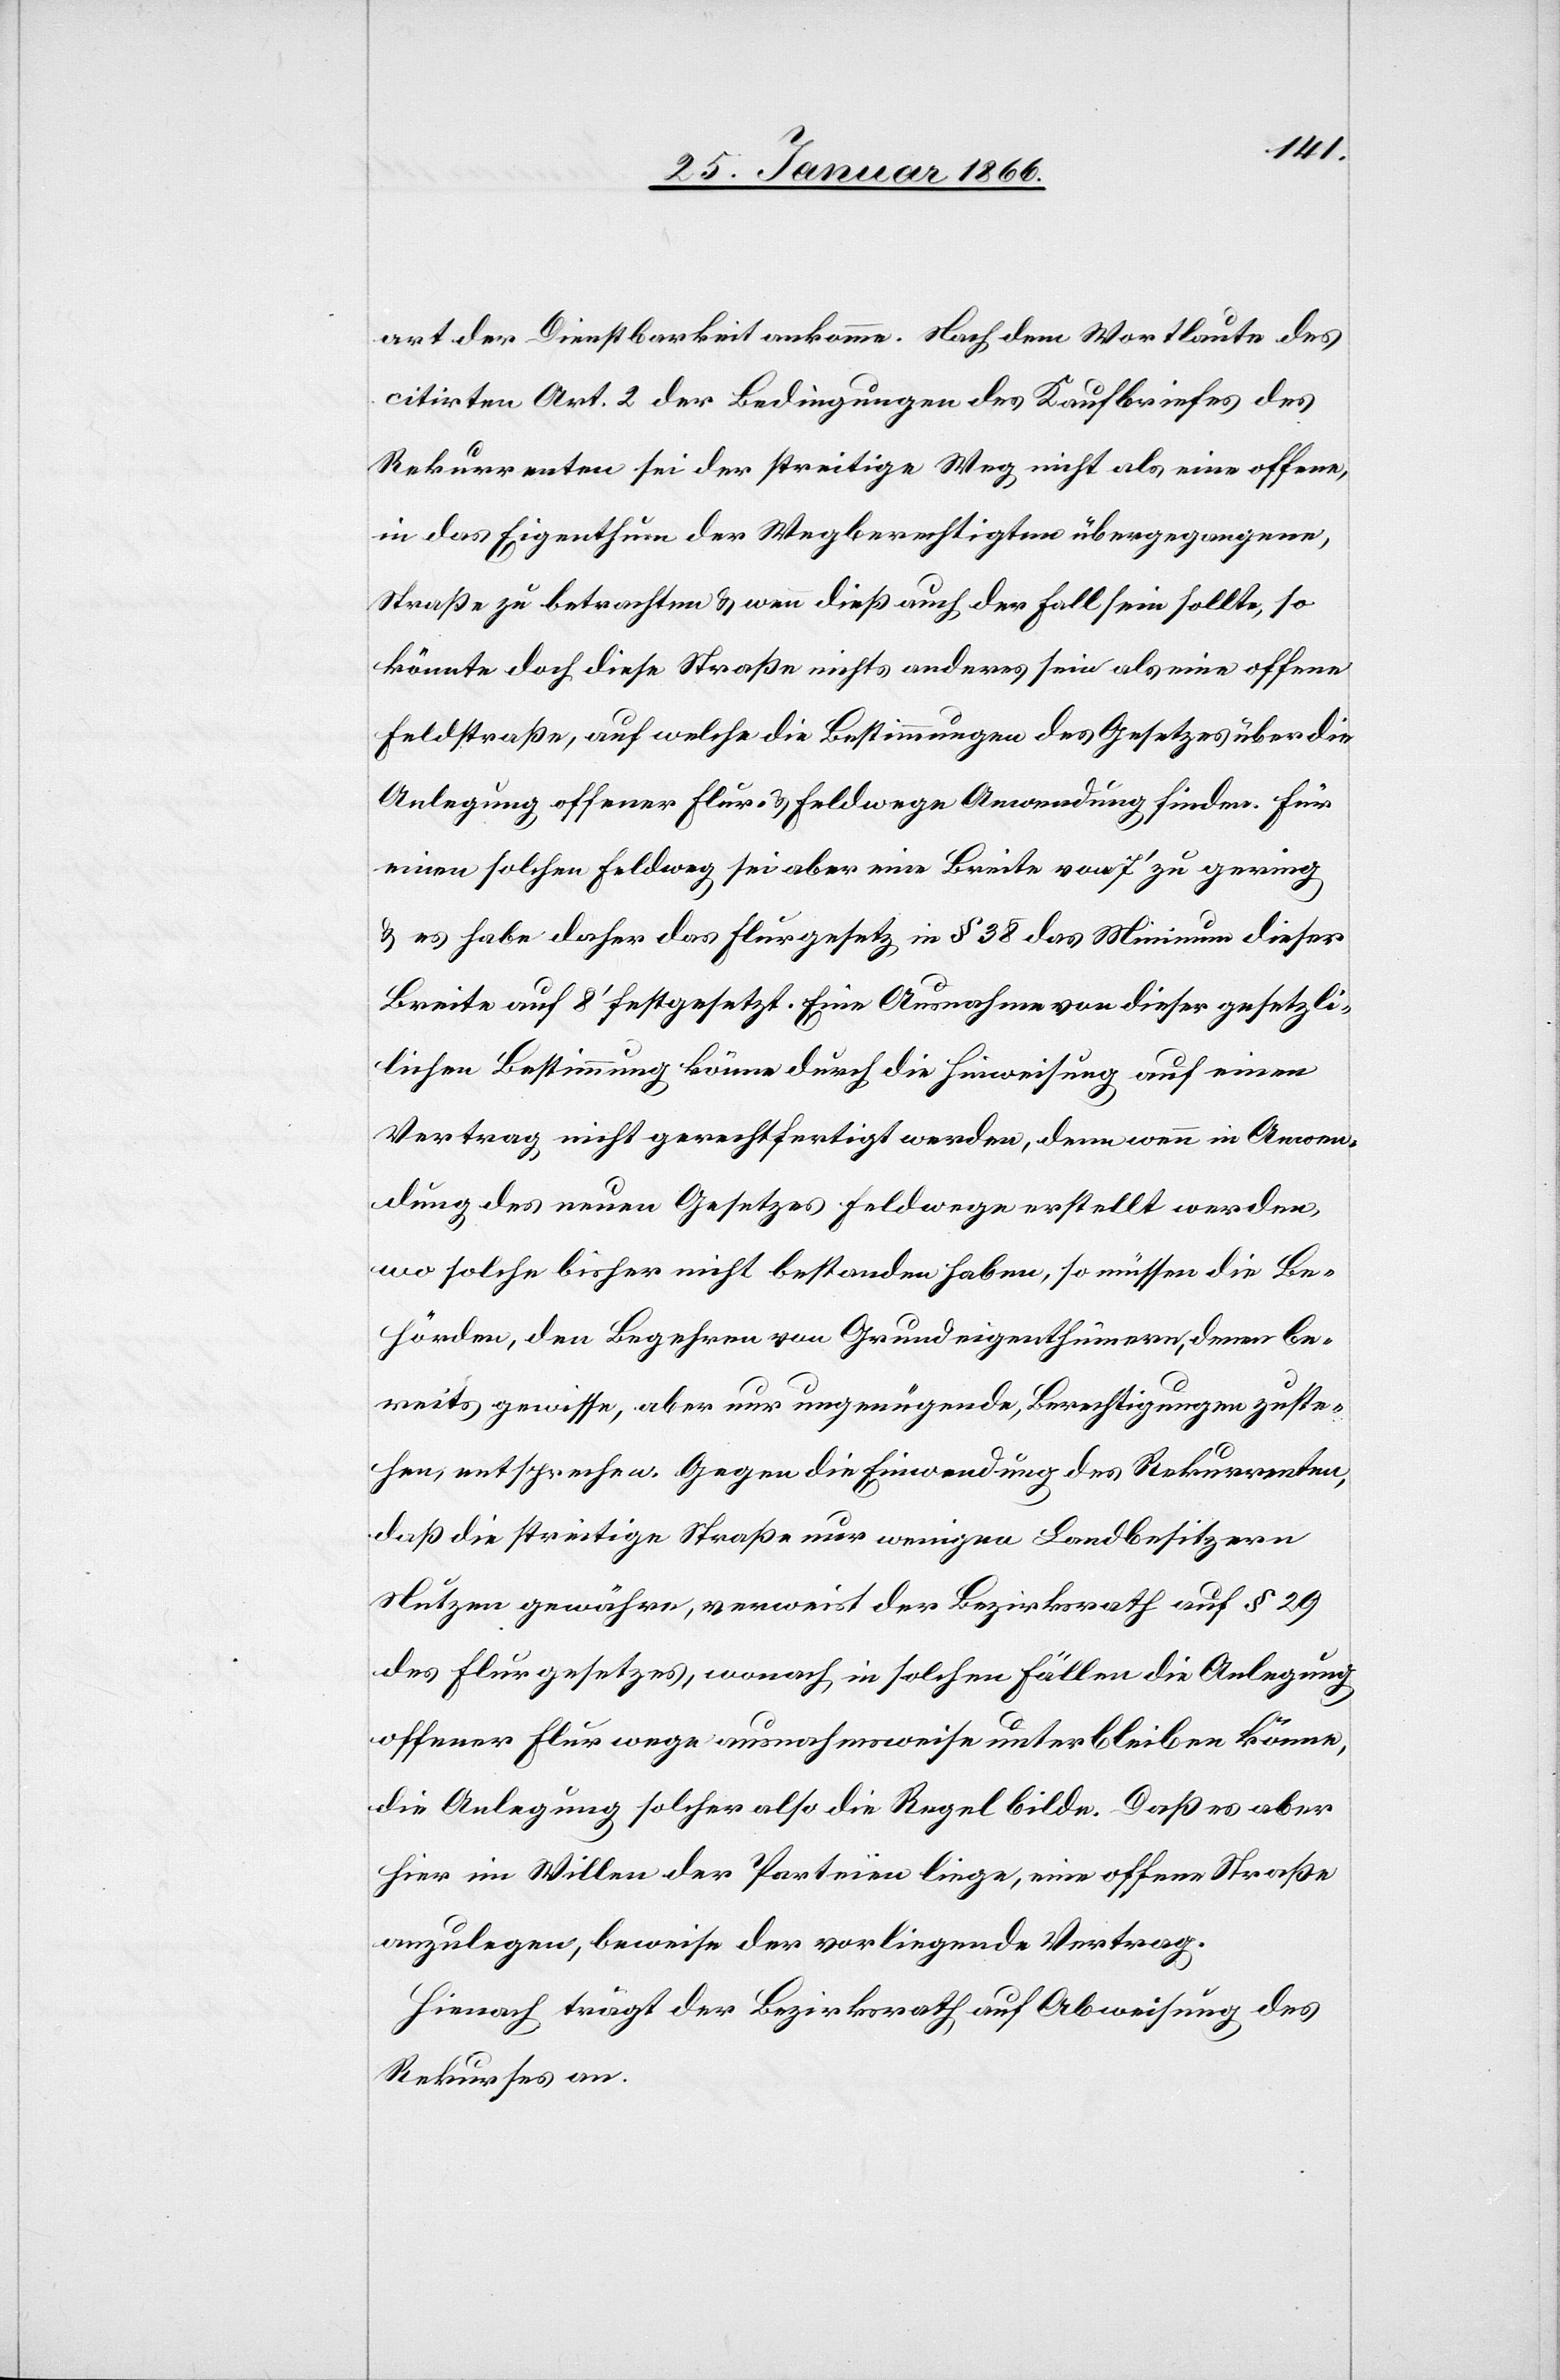
art der Dienstbarkeit ankomme. Nach dem Wortlaute des
citirten Art. 2 der Bedingungen des Kaufbriefes des
Rekurrenten sei der streitige Weg nicht als eine offene,
in das Eigenthum der Wegberechtigten übergegangene,
Straße zu betrachten u. wenn dieß auch der Fall sein sollte, so
könnte doch diese Straße nichts anderes sein als eine offene
Feldstraße, auf welche die Bestimmungen des Gesetzes über die
Anlegung offener Flur- u. Feldwege Anwendung finden. Für
einen solchen Feldweg sei aber eine Breite von 7‘ zu gering,
u. es habe daher das Flurgesetzt in § 38 das Minimum dieser
Breite auf 8‘ festgesetzt. Eine Ausnahme von dieser gesetz¬
lichen Bestimmung könne durch die Hinweisung auf einen
Vertrag nicht gerechtfertigt werden, denn wenn in Anwen¬
dung des neuen Gesetzes Feldwege erstellt werden,
wo solche bisher nicht bestanden haben, so müssen die Be¬
hörden, den Begehren von Grundeigenthümern, denen be¬
reits gewisse, aber nur ungenügende, Berechtigungen zuste¬
hen, entsprechen. Gegen die Einwendung des Rekurrenten,
daß die streitige Straße nur wenigen Landbesitzern
Nutzen gewähre, verweist der Bezirksrath auf § 29
des Flurgesetzes, wonach in solchen Fällen die Anlegung
offener Flurwege ausnahmsweise unterbleiben könne,
die Anlegung solcher also die Regel bilde. Daß es aber
hier im Willen der Parteien liege, eine offene Straße
anzulegen, beweise der vorliegende Vertrag.
Hierauf trägt der Bezirksrath auf Abweisung des
Rekurses an.